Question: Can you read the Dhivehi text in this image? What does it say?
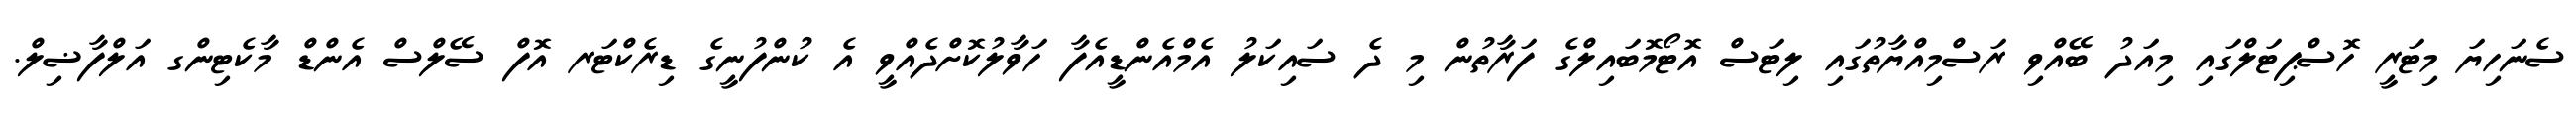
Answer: ސެނަހިޔަ މިޓަރީ ހޮސްޕިޓަލްގައި މިއަދު ބޭއްވި ރަސްމިއްޔާތުގައި ލިޓަސް އޮޓޯމޮބައިލްގެ ފަރާތުން މި ދެ ސައިކަލު އެމްއެންޑީއެފާ ހަވާލުކޮށްދެއްވީ އެ ކުންފުނީގެ ޑިރެކްޓަރ އޮފް ސޭލްސް އެންޑް މާކެޓިންގ އަލްފާޟިލް.